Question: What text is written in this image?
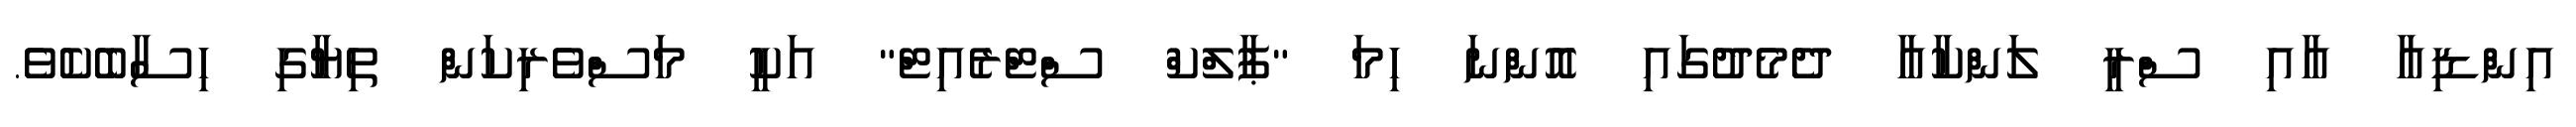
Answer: އިންޑިއާ އާއި ސްރީ ލަންކާއާ ދެމެދުގައި އޮންނަ ހިމަ "ޕާލްކް ސްޓްރެއިޓް" އަކީ މަސްވެރިކަން ތިޔާގި ހިސާބެކެވެ.